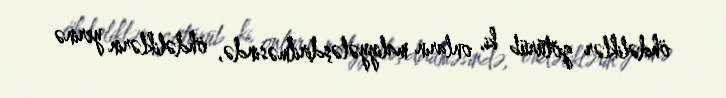
öhdəliklər götürüb ki, onların maliyyələşdirilməsində, öhdəliklərin yerinə